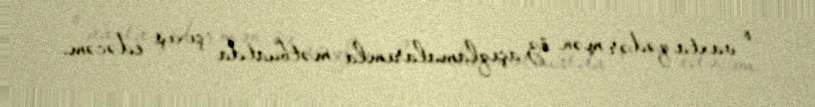
o vaxta qədər mən öz açıqlamalarımla mətbuatda çıxış edəcəm.